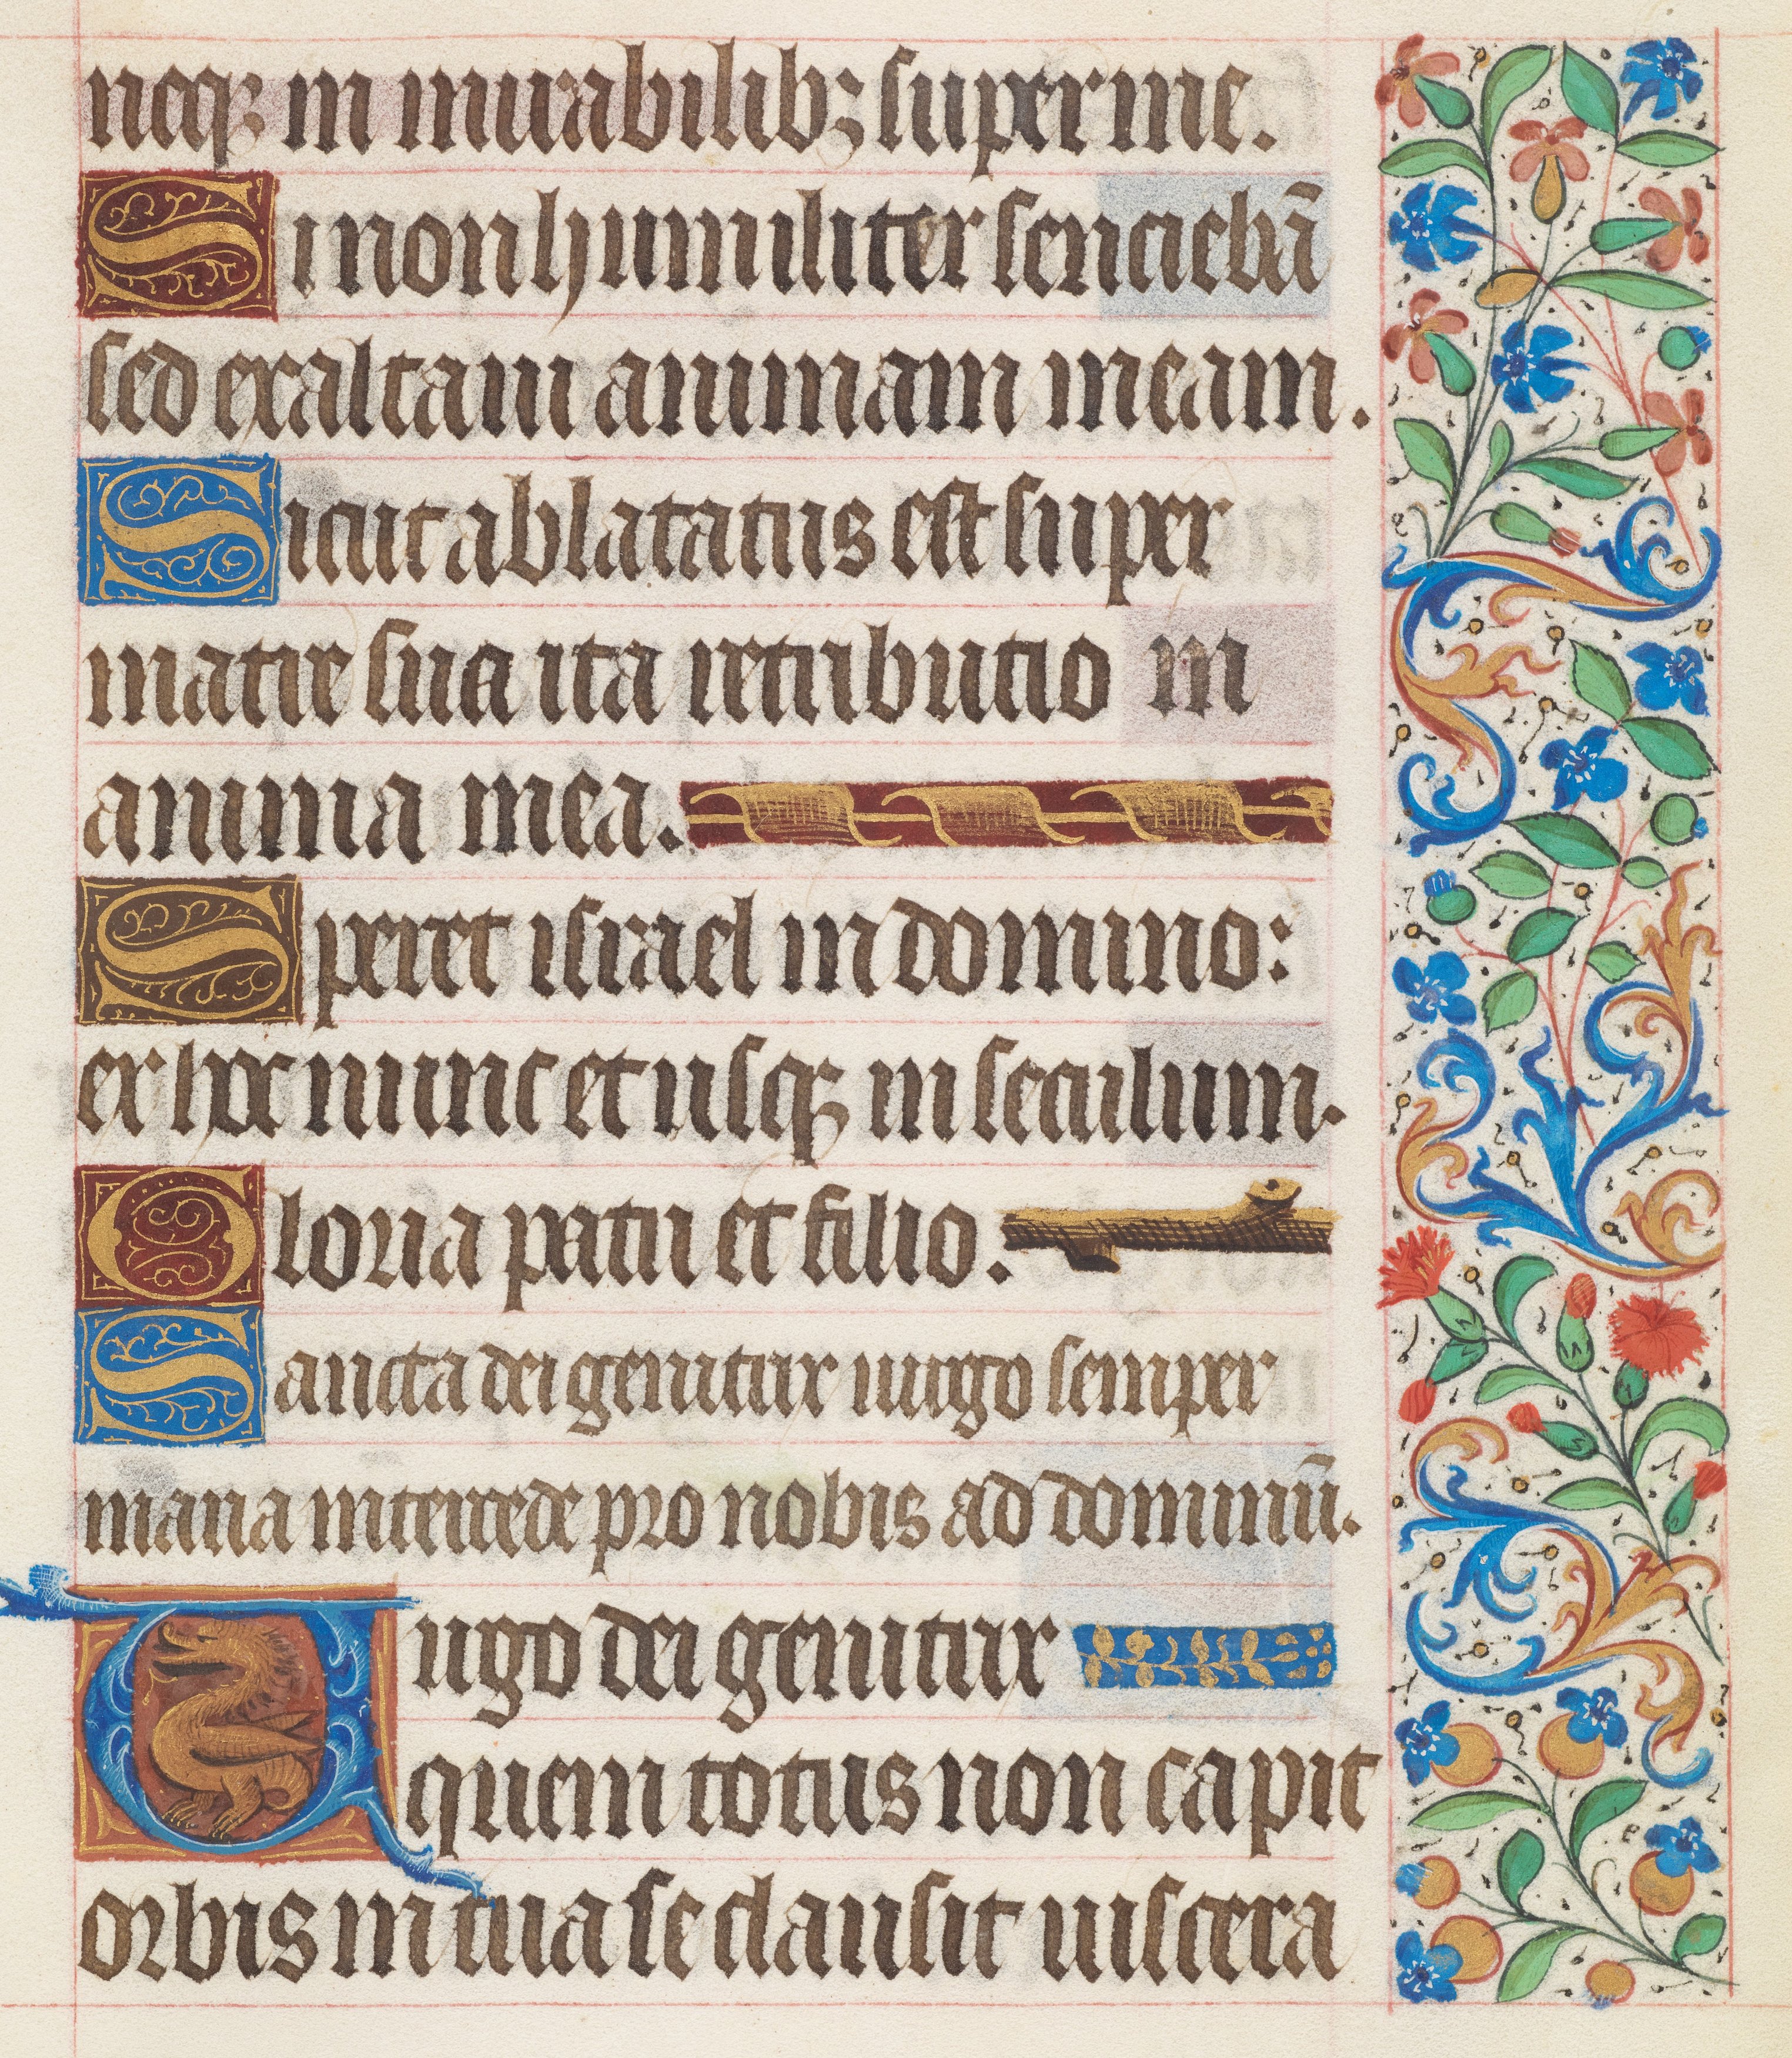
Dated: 1425–1449